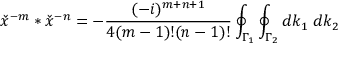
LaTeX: { \check { x } } ^ { - m } \ast { \check { x } } ^ { - n } = - \frac { ( - i ) ^ { m + n + 1 } } { 4 ( m - 1 ) ! ( n - 1 ) ! } \oint _ { { \Gamma } _ { 1 } } \oint _ { { \Gamma } _ { 2 } } d k _ { 1 } \; d k _ { 2 }